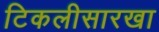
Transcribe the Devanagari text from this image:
टिकलीसारखा